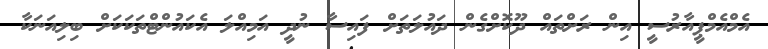
އެމްއެމްޕީއާރުސީ އިން ރަށްތައް ދޫކޮށްގެން ދައުލަތަށް ފައިސާ ނުދީ އަމިއްލަ އެކައުންޓްތަކަކަށް ބިލިއަނަކާ